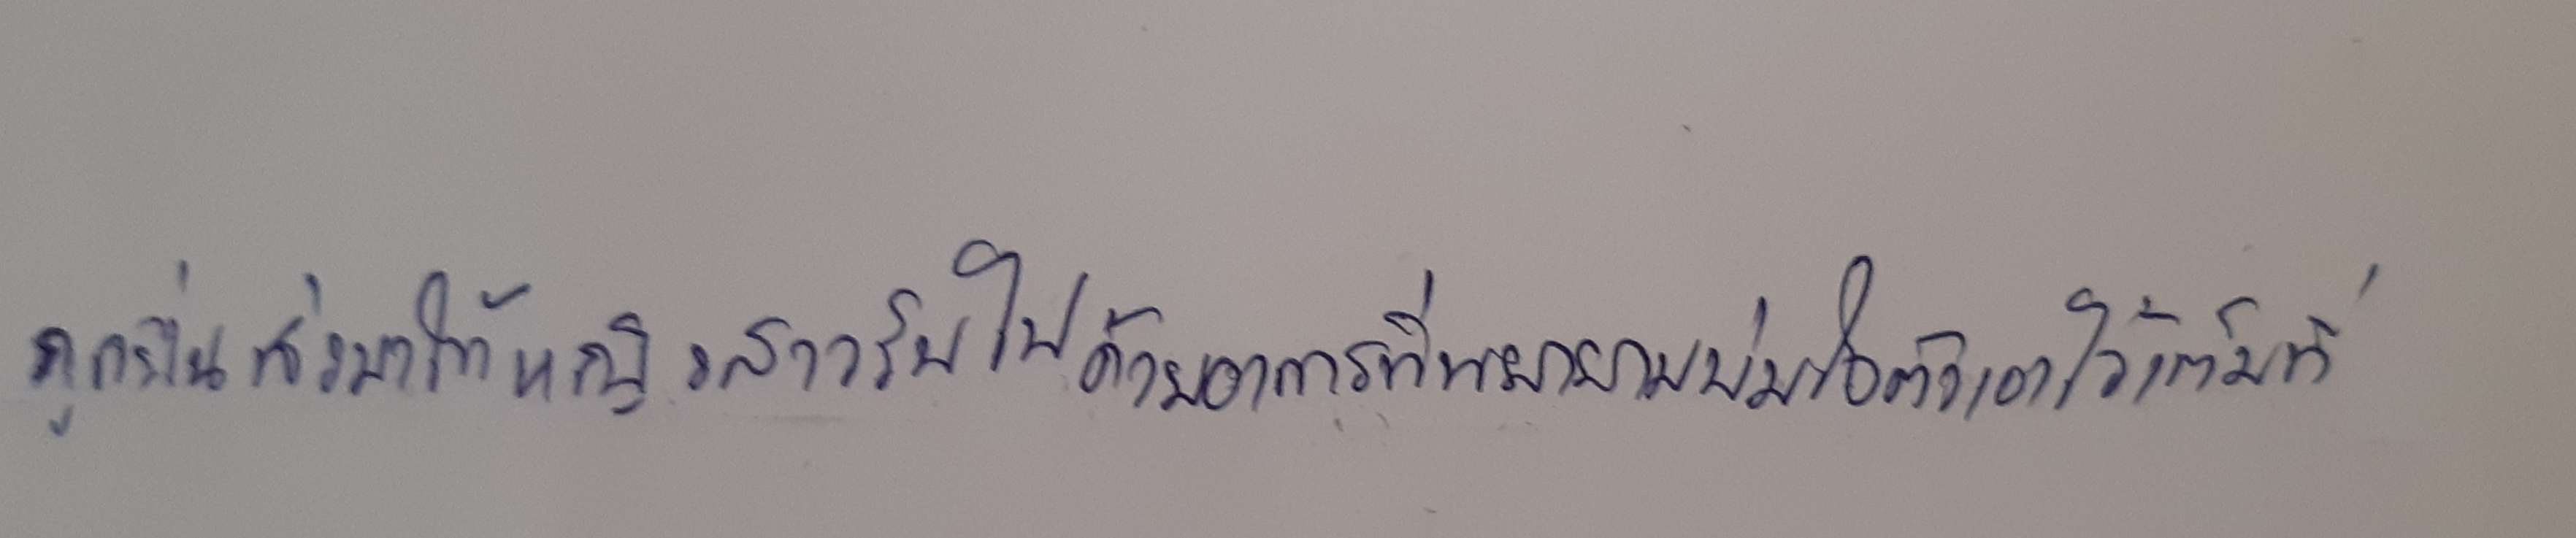
ถูกยื่นส่งมาให้หญิงสาวรับไปด้วยอาการที่พยายามข่มใจตัวเองไว้เต็มที่